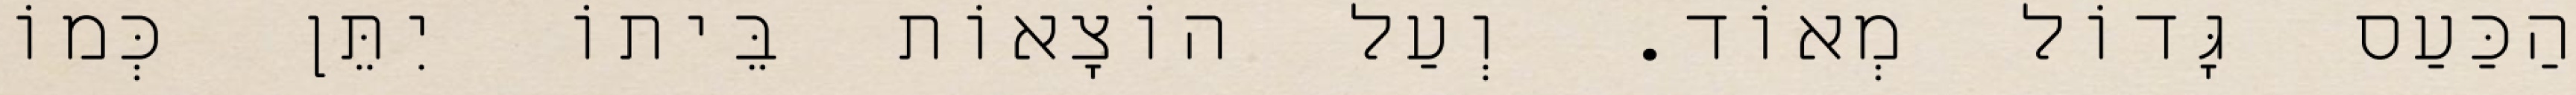
הַכַּעַס גָּדוֹל מְאוֹד. וְעַל הוֹצָאוֹת בֵּיתוֹ יִתֵּן כְּמוֹ